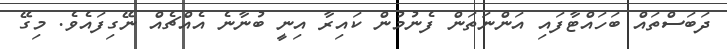
ދަބަސްތައް ބަހައްޓާފައި އަންނަތަން ފެނުމުން ކައިރާ އިނީ ބުނާނެ އެއްޗެއް ނޭގިފައެވެ. މިގޭ